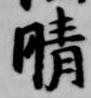
晴